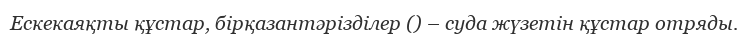
Ескекаяқты құстар, бірқазантәрізділер () – суда жүзетін құстар отряды.